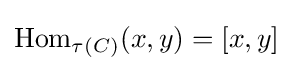
\operatorname {Hom} _{\tau (C)}(x,y)=[x,y]